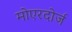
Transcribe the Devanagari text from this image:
मोएरदोर्ज